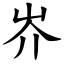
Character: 岕